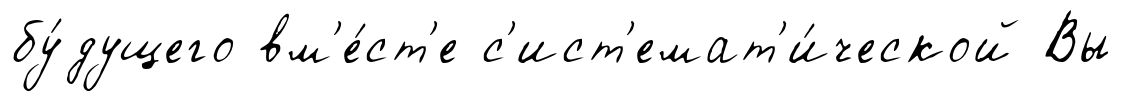
бу́дущего вм'е́ст'е с'ист'емат'и́ческой Вы